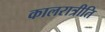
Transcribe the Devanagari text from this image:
कालरात्रीति